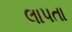
લાપતા